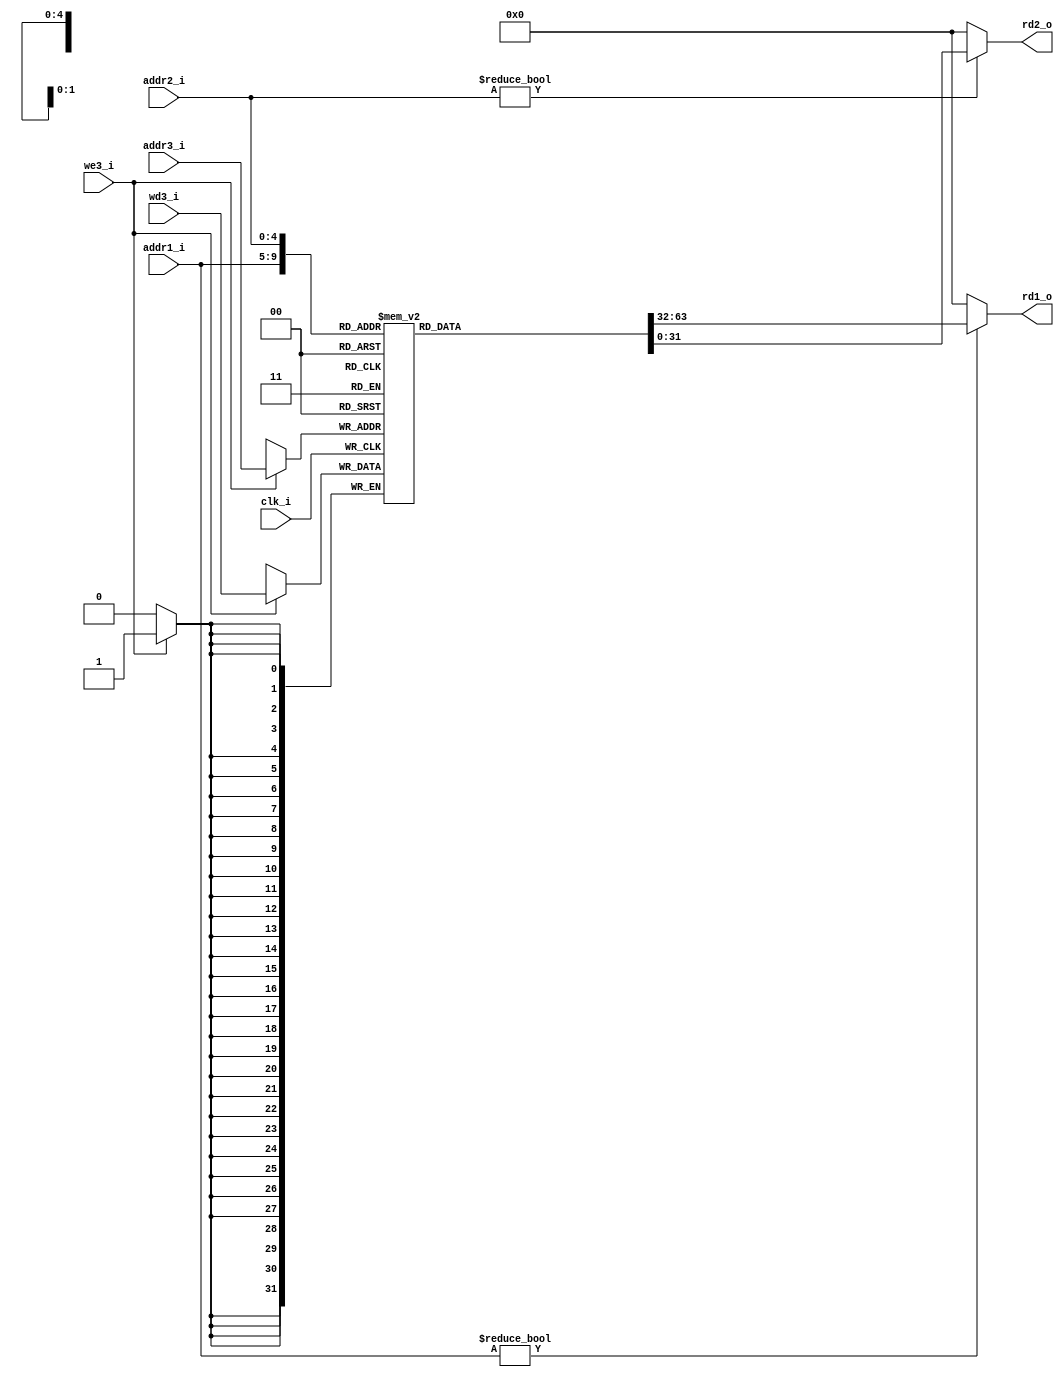
`timescale 1ns / 1ps

module reg_file(
  input         clk_i,
  
  input  [4:0]  addr1_i,
  input  [4:0]  addr2_i,
  input  [4:0]  addr3_i,
  
  input  [31:0] wd3_i,
  input         we3_i,
  
  output [31:0] rd1_o,
  output [31:0] rd2_o
);

  reg [31:0] regs [1:31];
  
  assign rd1_o = ( addr1_i ) ? ( regs[addr1_i] ) : ( 32'd0 );
  assign rd2_o = ( addr2_i ) ? ( regs[addr2_i] ) : ( 32'd0 );

  always @( posedge clk_i ) begin
    if ( we3_i )
      regs[addr3_i] <= wd3_i;
  end

endmodule